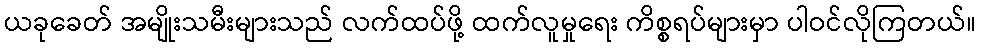
ယခုခေတ် အမျိုးသမီးများသည် လက်ထပ်ဖို့ ထက်လူမှုရေး ကိစ္စရပ်များမှာ ပါဝင်လိုကြတယ်။